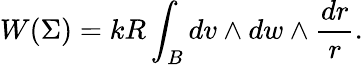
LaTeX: W(\Sigma)=kR\int_{B}dv\wedge dw\wedge\frac{dr}{r}.